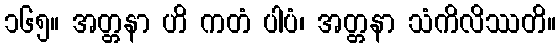
၁၆၅။ အတ္တနာ ဟိ ကတံ ပါပံ၊ အတ္တနာ သံကိလိဿတိ။